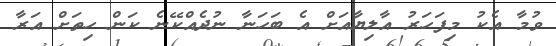
ވުމާ އެކު މިފަހަރު އާލިޔާއަށް އެ ބަހަނާ ނުދެއްކޭނެ ކަން ހިތަށް އަރާ